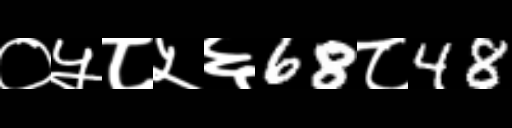
Text: ०५८५६68८48